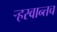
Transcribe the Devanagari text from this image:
ऱ्हस्वान्तच